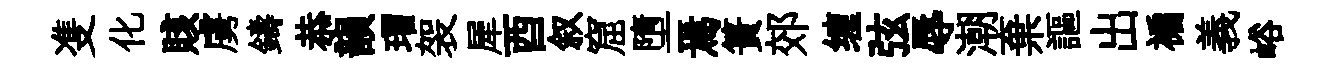
㕠化賅虜鑄恭韻瑁袈犀酉叙窟墮焉簣郊缠弦辱潮棄謳出褊義峪